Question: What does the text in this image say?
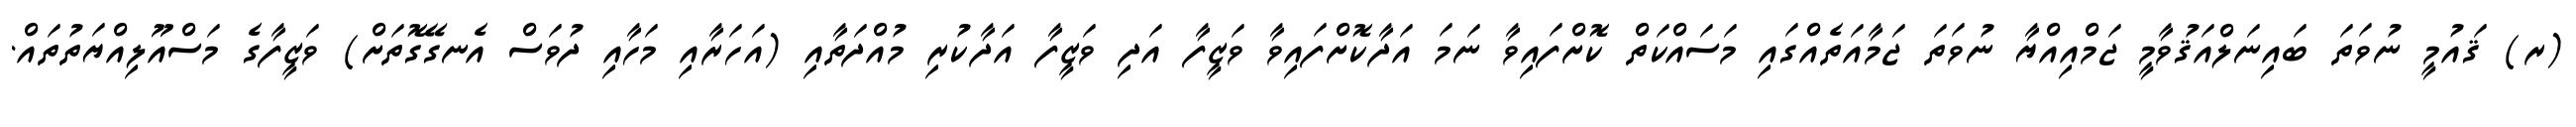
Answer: (ރ) ޤައުމީ ނުވަތަ ބައިނަލްއަޤުވާމީ ޖަމްއިއްޔާ ނުވަތަ ޖަމާއަތެއްގައި މަސައްކަތް ކޮށްފައިވާ ނަމަ އަދާކޮށްފައިވާ ވަޒީފާ އަދި ވަޒީފާ އަދާކުރި މުއްދަތާއި (އަހަރާއި މަހާއި ދުވަސް އެނގޭގޮތަށް) ވަޒީފާގެ މަސްއޫލިއްޔަތުތައް.